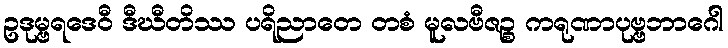
ဥဒုမ္ဗရဒေဝီ ဒီဃီတိဿ ပရိညာတေ တစံ မူလဗီဇဉ္စ ကရုဏာပုဗ္ဗဘာဂေါ